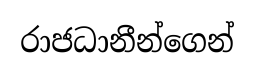
රාජධානීන්ගෙන්